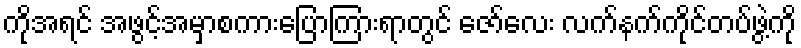
ကိုအရင် အဖွင့်အမှာစကားပြောကြားရာတွင် ဇော်လေး လက်နက်ကိုင်တပ်ဖွဲ့ကို